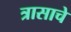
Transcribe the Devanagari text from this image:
त्रासाचे